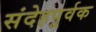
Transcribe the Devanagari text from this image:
संदेहपूर्वक